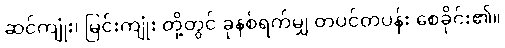
ဆင်ကျုံး၊ မြင်းကျုံး တို့တွင် ခုနစ်ရက်မျှ တပင်တပန်း စေခိုင်း၏။